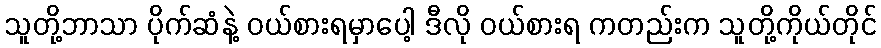
သူတို့ဘာသာ ပိုက်ဆံနဲ့ ဝယ်စားရမှာပေါ့ ဒီလို ဝယ်စားရ ကတည်းက သူတို့ကိုယ်တိုင်